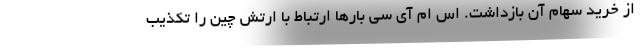
از خرید سهام آن بازداشت. اس ام آی سی بارها ارتباط با ارتش چین را تکذیب